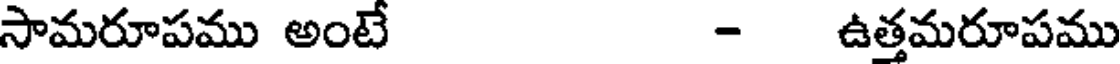
సామరూపము అంటే - ఉత్తమరూపము